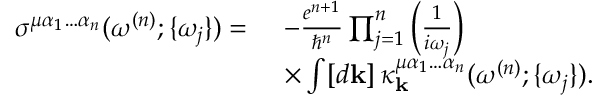
\begin{array} { r l } { \sigma ^ { \mu \alpha _ { 1 } \hdots \alpha _ { n } } ( \omega ^ { ( n ) } ; \{ \omega _ { j } \} ) = \, \, } & { - \frac { e ^ { n + 1 } } { \hslash ^ { n } } \prod _ { j = 1 } ^ { n } \left( \frac { 1 } { i \omega _ { j } } \right) } \\ & { \times \int [ d \mathbf { k } ] \, \kappa _ { \mathbf { k } } ^ { \mu \alpha _ { 1 } \hdots \alpha _ { n } } ( \omega ^ { ( n ) } ; \{ \omega _ { j } \} ) \mathrm { . } } \end{array}